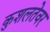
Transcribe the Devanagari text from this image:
कुशलतेवर